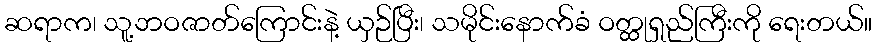
ဆရာက၊ သူ့ဘဝဇာတ်ကြောင်းနဲ့ ယှဉ်ပြီး၊ သမိုင်းနောက်ခံ ဝတ္ထုရှည်ကြီးကို ရေးတယ်။